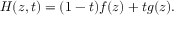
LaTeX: H ( z , t ) = ( 1 - t ) f ( z ) + t g ( z ) .